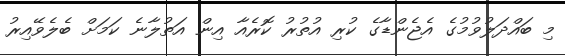
މި ބައްދަލުވުމުގެ އެޖެންޑާގެ ކުރި އުތުރު ކޮރެއާ އިން އަތުލާނެ ކަމަށް ބެލެވޭއިރު